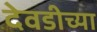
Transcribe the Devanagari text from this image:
देवडीच्या